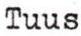
Tuus